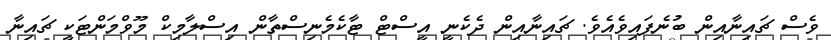
ވެސް ޗައިނާއިން ބުނެފައިވެއެވެ. ޗައިނާއިން ދެކެނީ އީސްޓް ޓާކެމެނިސްތާން އިސްލާމިކް މޫވްމަންޓަކީ ޗައިނާ